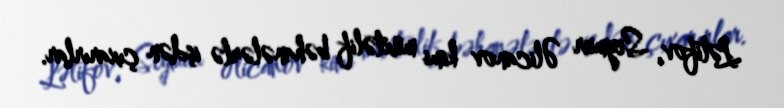
Lətifov, Seymur Əlicanov kimi müxtəlif bəhanələrlə işdən çıxarırlar.